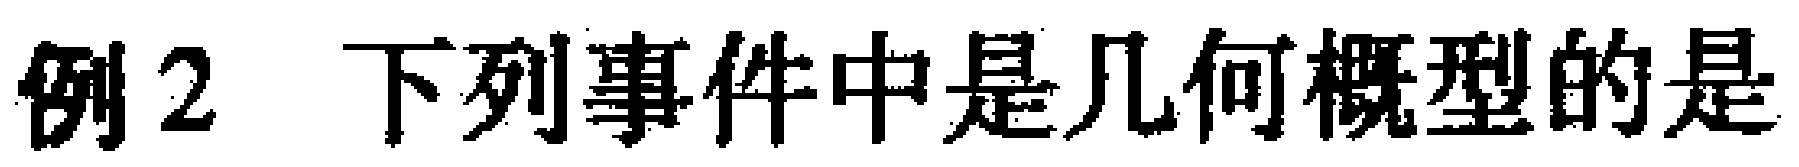
例2 下列事件中是几何概型的是